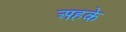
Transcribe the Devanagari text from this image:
अहके